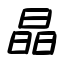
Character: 晶